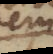
e